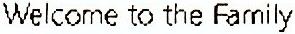
WELCOME TO THE FAMILY